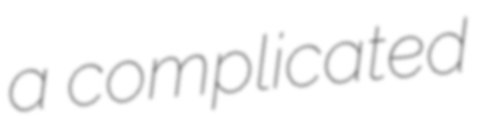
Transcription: a complicated